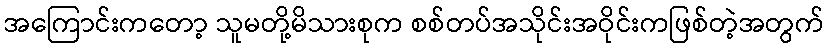
အကြောင်းကတော့ သူမတို့မိသားစုက စစ်တပ်အသိုင်းအဝိုင်းကဖြစ်တဲ့အတွက်